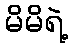
မိမိရဲ့